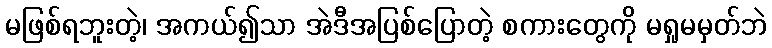
မဖြစ်ရဘူးတဲ့၊ အကယ်၍သာ အဲဒီအပြစ်ပြောတဲ့ စကားတွေကို မရှုမမှတ်ဘဲ